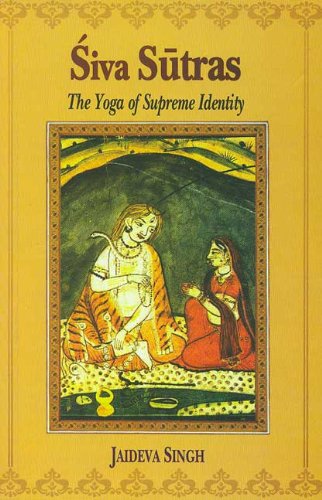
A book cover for Siva Sutras: The Yoga of Supreme Identity; Jaideva Singh; Religion & Spirituality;